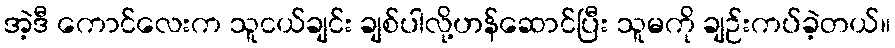
အဲ့ဒီ ကောင်လေးက သူငယ်ချင်း ချစ်ပါလို့ဟန်ဆောင်ပြီး သူမကို ချဉ်းကပ်ခဲ့တယ်။